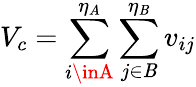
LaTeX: V_{c}=\sum_{i\inA}^{\eta_{A}}\sum_{j\in\mathit{B}}^{\eta_{\mathit{B}}}v_{ij}